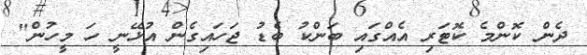
ދެން ކޮންމެ ކޮޓަރި އެއްގައި ބަންކު ބެޑު ޖަހައިގެން އުޅޭނީ ހަ މީހުން"